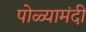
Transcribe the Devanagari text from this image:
पोळ्यामंदी